Indian journal of veterinary science and animal husbandry - Volumes 28-29, 1958-1959
Year: 1958
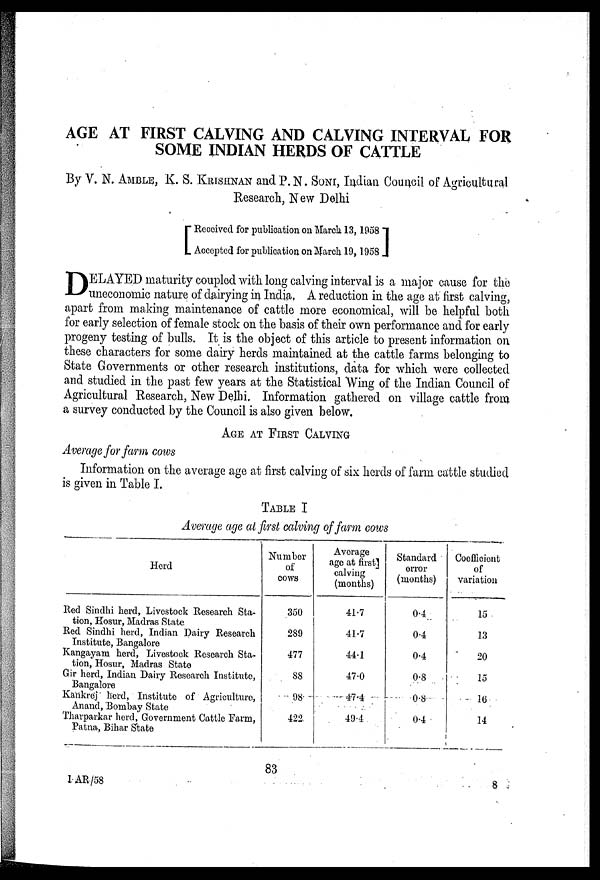
AGE AT FIRST CALVING AND CALVING INTERVAL FOR
SOME INDIAN HERDS OF CATTLE
By V. N. AMBLE, K. S. KRISHNAN and P.N. SONI, Indian Council of Agricultural
Research, New Delhi
[ Received for publication on March 13, 1958
Accepted for publication on March 19, 1958 ]
D ELAYED maturity coupled with long calving interval is a major cause for the
uneconomic nature of dairying in India. A reduction in the age at first calving,
apart from making maintenance of cattle more economical, will be helpful both
for early selection of female stock on the basis of their own performance and for early
progeny testing of bulls. It is the object of this article to present information on
these characters for some dairy herds maintained at the cattle farms belonging to
State Governments or other research institutions, data for which were collected
and studied in the past few years at the Statistical Wing of the Indian Council of
Agricultural Research, New Delhi. Information gathered on village cattle from
a survey conducted by the Council is also given below.
AGE AT FIRST CALVING
Average for farm cows
Information on the average age at first calving of six herds of farm cattle studied
is given in Table I.
TABLE I
Average age at first calving of farm cows
83
Herd
Red Sindhi herd, Livestock Research Sta-
tion, Hosur, Madras State
Red Sindhi herd, Indian Dairy Research
Institute, Bangalore
Kangayam herd, Livestock Research Sta-
tion, Hosur, Madras State
Gir herd, Indian Dairy Research Institute,
Bangalore
Kankrej herd, Institute of Agriculture,
Anand, Bombay State
Tharparkar herd, Government Cattle Farm,
Patna, Bihar State
Number
of
cows
350
289
477
88
98
422
Average
age at first ]
calving
(months)
41.7
41.7
44.1
47.0
47.4
49.4
Standard
error
(months)
0.4
0.4
0.4
0.8
0.8
0.4
Coefficient
of
variation
15
13
20
15
16
14
1 AR/58
8